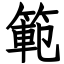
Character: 範